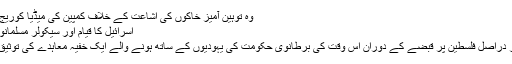
وہ توہین آمیز خاکوں کی اشاعت کے خلاف کمپین کی میڈیا کوریج کے حوا...
اسرائیل کا قیام اور سیکولر مسلمانوں کا کردار
اعلان بالفور دراصل فلسطین پر قبضے کے دوران اس وقت کی برطانوی حکومت کی یہودیوں کے ساتھ ہونے والے ایک خفیہ معاہدے کی توثیق کی تھی...